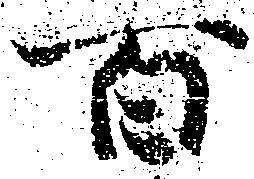
百